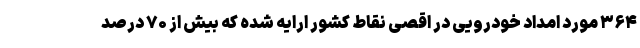
۳۶۴ مورد امداد خودرویی در اقصی نقاط کشور ارایه شده که بیش از ۷۰ درصد